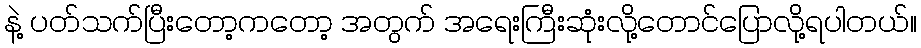
နဲ့ ပတ်သက်ပြီးတော့ကတော့ အတွက် အရေးကြီးဆုံးလို့တောင်ပြောလို့ရပါတယ်။